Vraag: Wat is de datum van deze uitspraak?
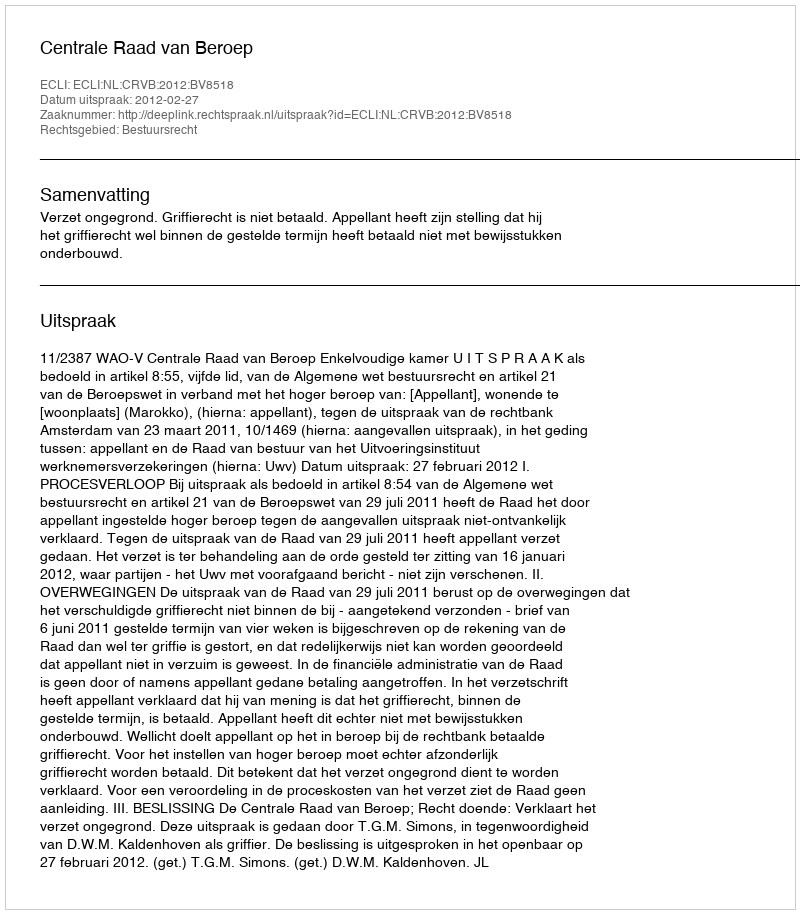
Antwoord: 2012-02-27